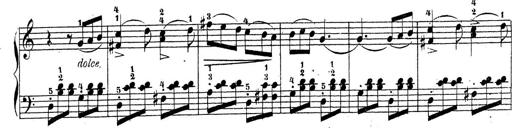
Title: 4 Sonatinas
Composer: Jacob Schmitt